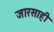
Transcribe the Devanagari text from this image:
जारसाही